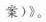
案)》。